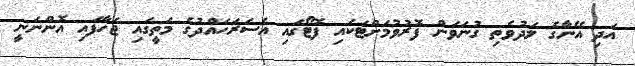
އަދި އޭނާގެ ލަދުވެތި ގުނަވަން ފޮރުވުމަށްޓަކައި ފޮޓޯގައި އެސަރަހައްދުގެ މަތީގައި ޖަހާފައި އޮންނަނީ